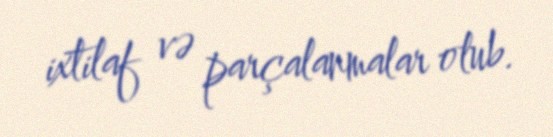
ixtilaf və parçalanmalar olub.